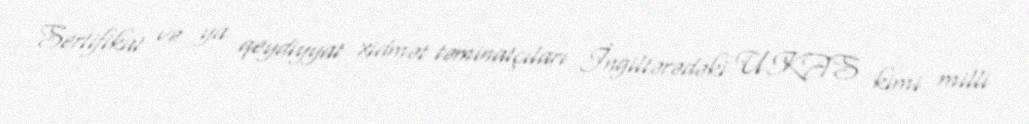
Sertifikat və ya qeydiyyat xidmət təminatçıları İngiltərədəki UKAS kimi milli